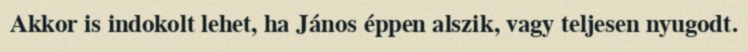
Akkor is indokolt lehet, ha János éppen alszik, vagy teljesen nyugodt.